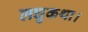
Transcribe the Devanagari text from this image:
लघुकथा।